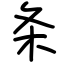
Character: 条